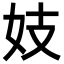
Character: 妓